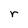
Character: r